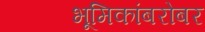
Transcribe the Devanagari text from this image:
भूमिकांबरोबर